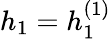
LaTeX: h_{1}=h_{1}^{(1)}